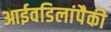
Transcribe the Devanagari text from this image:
आईवडिलांपैकी